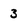
Character: 3